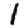
Digit: 1